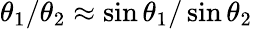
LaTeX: \theta_{1}/\theta_{2}\approx\sin\theta_{1}/\sin\theta_{2}